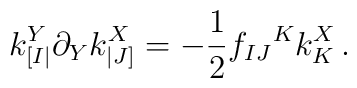
k_{[I|}^Y \partial_Y k^X_{|J]}=-\frac 12 f_{IJ}{}^K k_K^X \,.